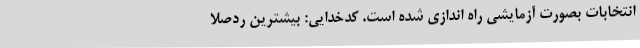
انتخابات بصورت آزمایشی راه اندازی شده است. کدخدایی: بیشترین ردصلا